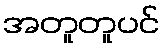
အတူတူပင်